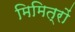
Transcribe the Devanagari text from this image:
मिमित्रों